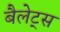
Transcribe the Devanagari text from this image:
बैलेट्स